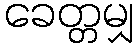
ခေတ္တမျှ